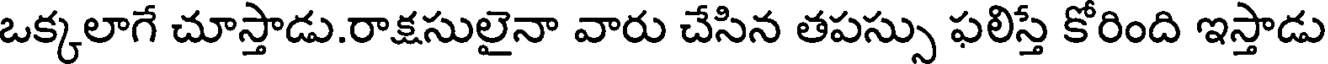
ఒక్కలాగే చూస్తాడు.రాక్షసులైనా వారు చేసిన తపస్సు ఫలిస్తే కోరింది ఇస్తాడు